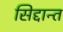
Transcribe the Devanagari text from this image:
सिद्दान्त